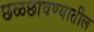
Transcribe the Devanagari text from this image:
छळछावण्यातील